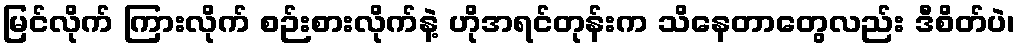
မြင်လိုက် ကြားလိုက် စဉ်းစားလိုက်နဲ့ ဟိုအရင်တုန်းက သိနေတာတွေလည်း ဒီစိတ်ပဲ၊